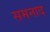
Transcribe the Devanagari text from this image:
समनाद